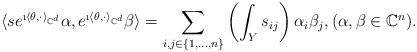
LaTeX: \begin{align*}\langle s e^{\i \langle\theta,\cdot\rangle_{\mathbb{C}^d}} \alpha, e^{\i \langle\theta,\cdot\rangle_{\mathbb{C}^d}} \beta \rangle =\sum_{i,j\in\{1,\ldots,n\}} \left( \int_{Y}s_{ij}\right)\alpha_i \beta_j, ( \alpha, \beta \in \mathbb{C}^n).\end{align*}